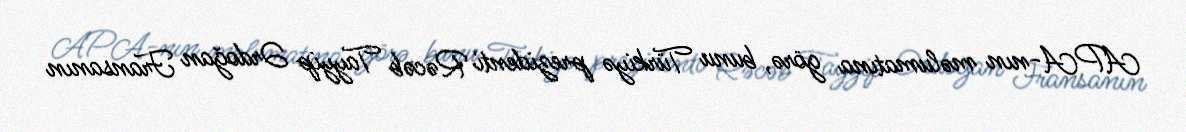
APA-nın məlumatına görə, bunu Türkiyə prezidenti Rəcəb Tayyip Ərdoğan Fransanın